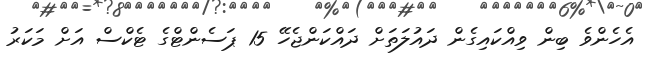
އެހެންވެ ބިން ވިއްކައިގެން ދައުލަތަށް ދައްކަންޖެހޭ 15 ޕަސެންޓްގެ ޓެކްސް އަށް މަކަރު